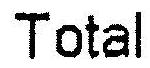
TOTAL